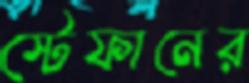
স্টেফানের